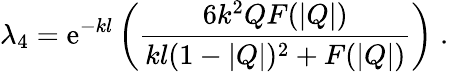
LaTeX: \lambda_{4}=\mathrm{e}^{-kl}\left(\frac{{6k^{2}QF(|Q|)}}{{kl(1-|Q|)^{2}+F(|Q|)}}\right)\; .